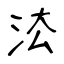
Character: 㳒